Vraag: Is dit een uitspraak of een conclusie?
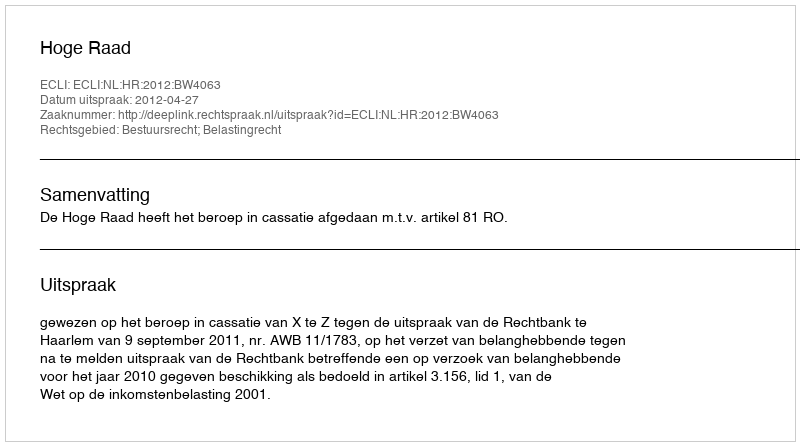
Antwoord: Uitspraak